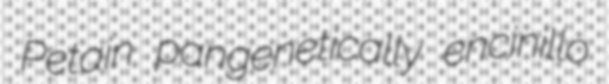
Petain pangenetically encinillo